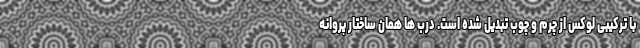
با ترکیبی لوکس از چرم و چوب تبدیل شده است. درب ها همان ساختار پروانه